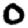
Digit: 0